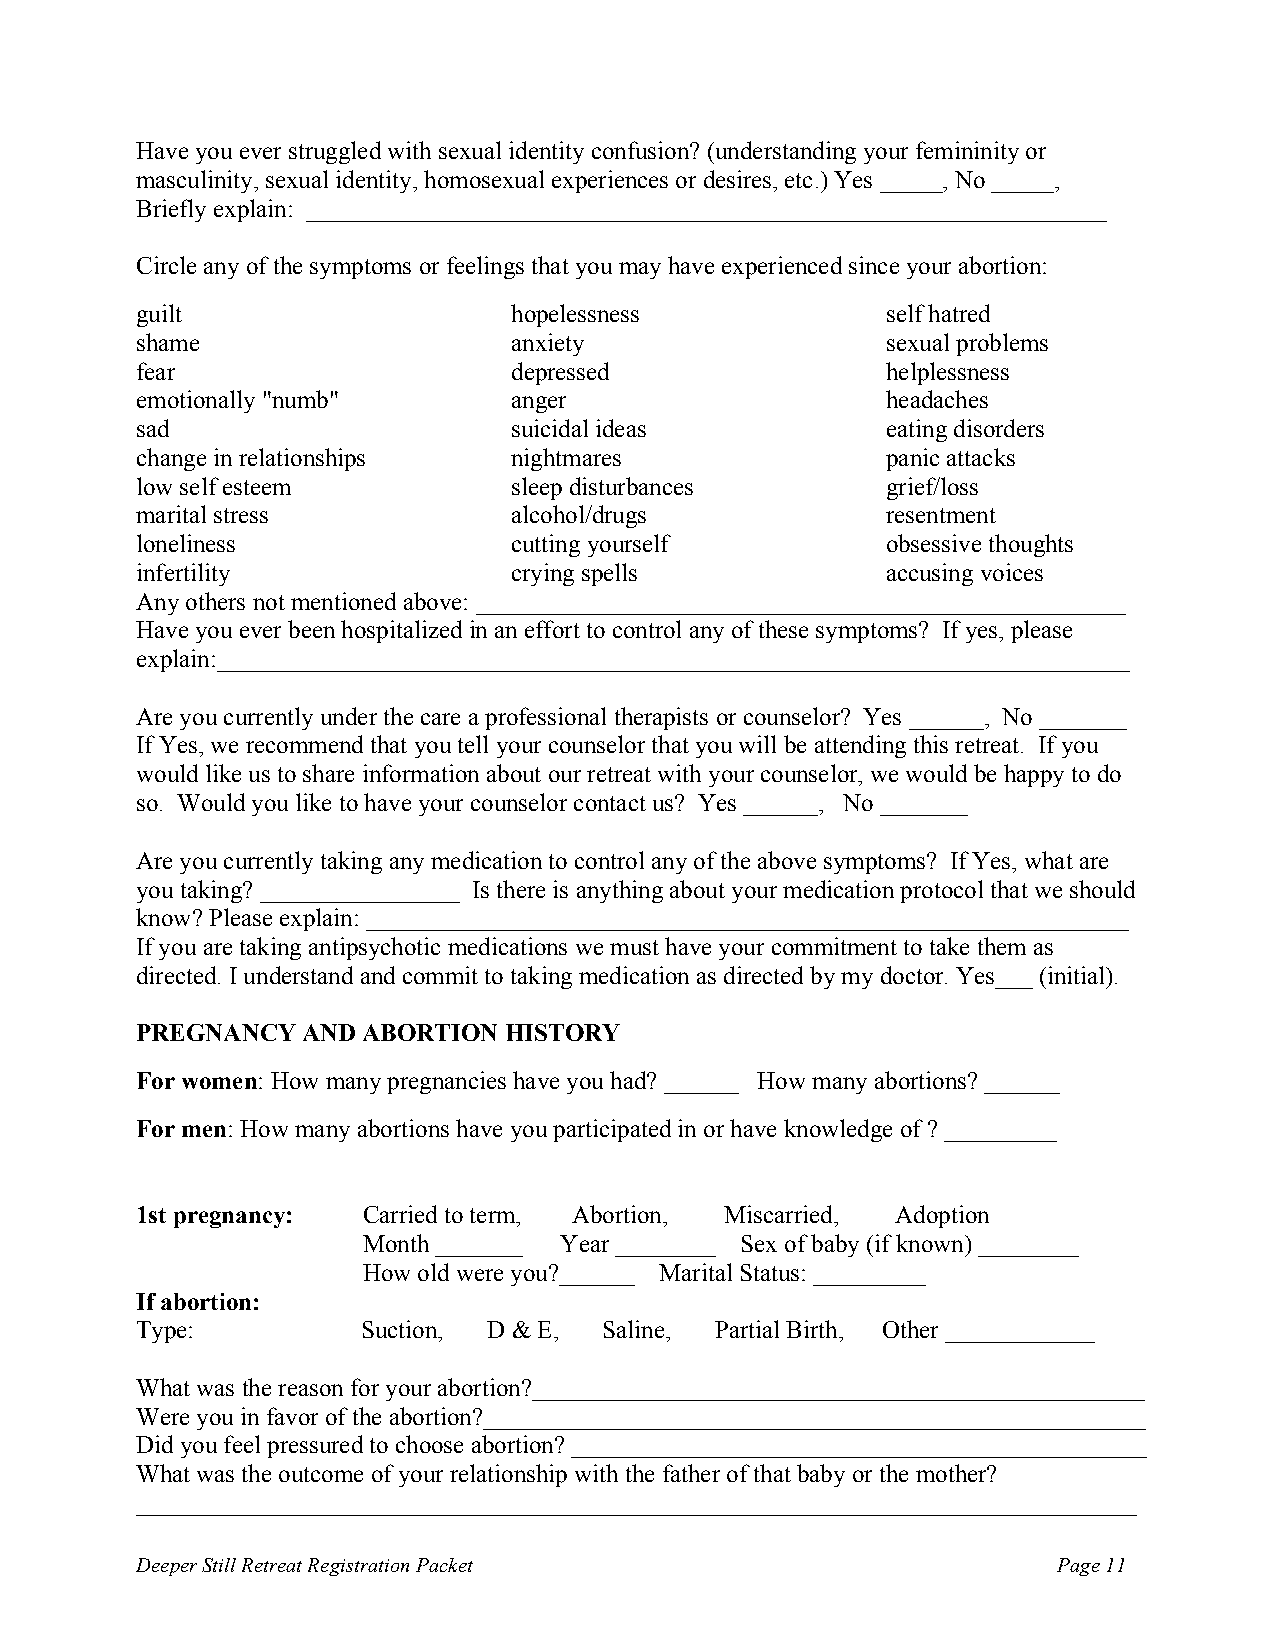
Have you ever struggled with sexual identity confusion? (understanding your femininity or
 masculinity, sexual identity, homosexual experiences or desires, etc.) Yes _____, No _____,
 Briefly explain: ________________________________________________________________
 Circle any of the symptoms or feelings that you may have experienced since your abortion:
 guilt                    hopelessness             self hatred
 shame                    anxiety                  sexual problems
 fear                     depressed                helplessness
 emotionally "numb"       anger                    headaches
 sad                      suicidal ideas           eating disorders
 change in relationships  nightmares               panic attacks
 low self esteem          sleep disturbances       grief/loss
 marital stress           alcohol/drugs            resentment
 loneliness               cutting yourself         obsessive thoughts
 infertility              crying spells            accusing voices
 Any others not mentioned above: ____________________________________________________
 Have you ever been hospitalized in an effort to control any of these symptoms? If yes, please
 explain:_________________________________________________________________________
 Are you currently under the care a professional therapists or counselor? Yes ______, No _______
 If Yes, we recommend that you tell your counselor that you will be attending this retreat. If you
 would like us to share information about our retreat with your counselor, we would be happy to do
 so. Would you like to have your counselor contact us? Yes ______, No _______
 Are you currently taking any medication to control any of the above symptoms? If Yes, what are
 you taking? ________________ Is there is anything about your medication protocol that we should
 know? Please explain: _____________________________________________________________
 If you are taking antipsychotic medications we must have your commitment to take them as
 directed. I understand and commit to taking medication as directed by my doctor. Yes___ (initial).
 PREGNANCY  AND ABORTION HISTORY
 For women: How many pregnancies have you had? ______ How many abortions? ______
 For men: How many abortions have you participated in or have knowledge of ? _________
 1st pregnancy: Carried to term, Abortion, Miscarried, Adoption
 Month _______ Year ________ Sex of baby (if known) ________
 How old were you?______ Marital Status: _________
 If abortion:
 Type:          Suction, D & E, Saline, Partial Birth, Other ____________
 What was the reason for your abortion?_________________________________________________
 Were you in favor of the abortion?_____________________________________________________
 Did you feel pressured to choose abortion? ______________________________________________
 What was the outcome of your relationship with the father of that baby or the mother?
 ________________________________________________________________________________
 Deeper Still Retreat Registration Packet                     Page 11